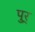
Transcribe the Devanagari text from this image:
पुर्